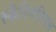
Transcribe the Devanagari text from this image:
स्कैंदिनेवियंस